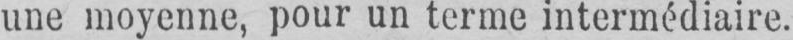
une moyenne, pour un terme intermédiaire.